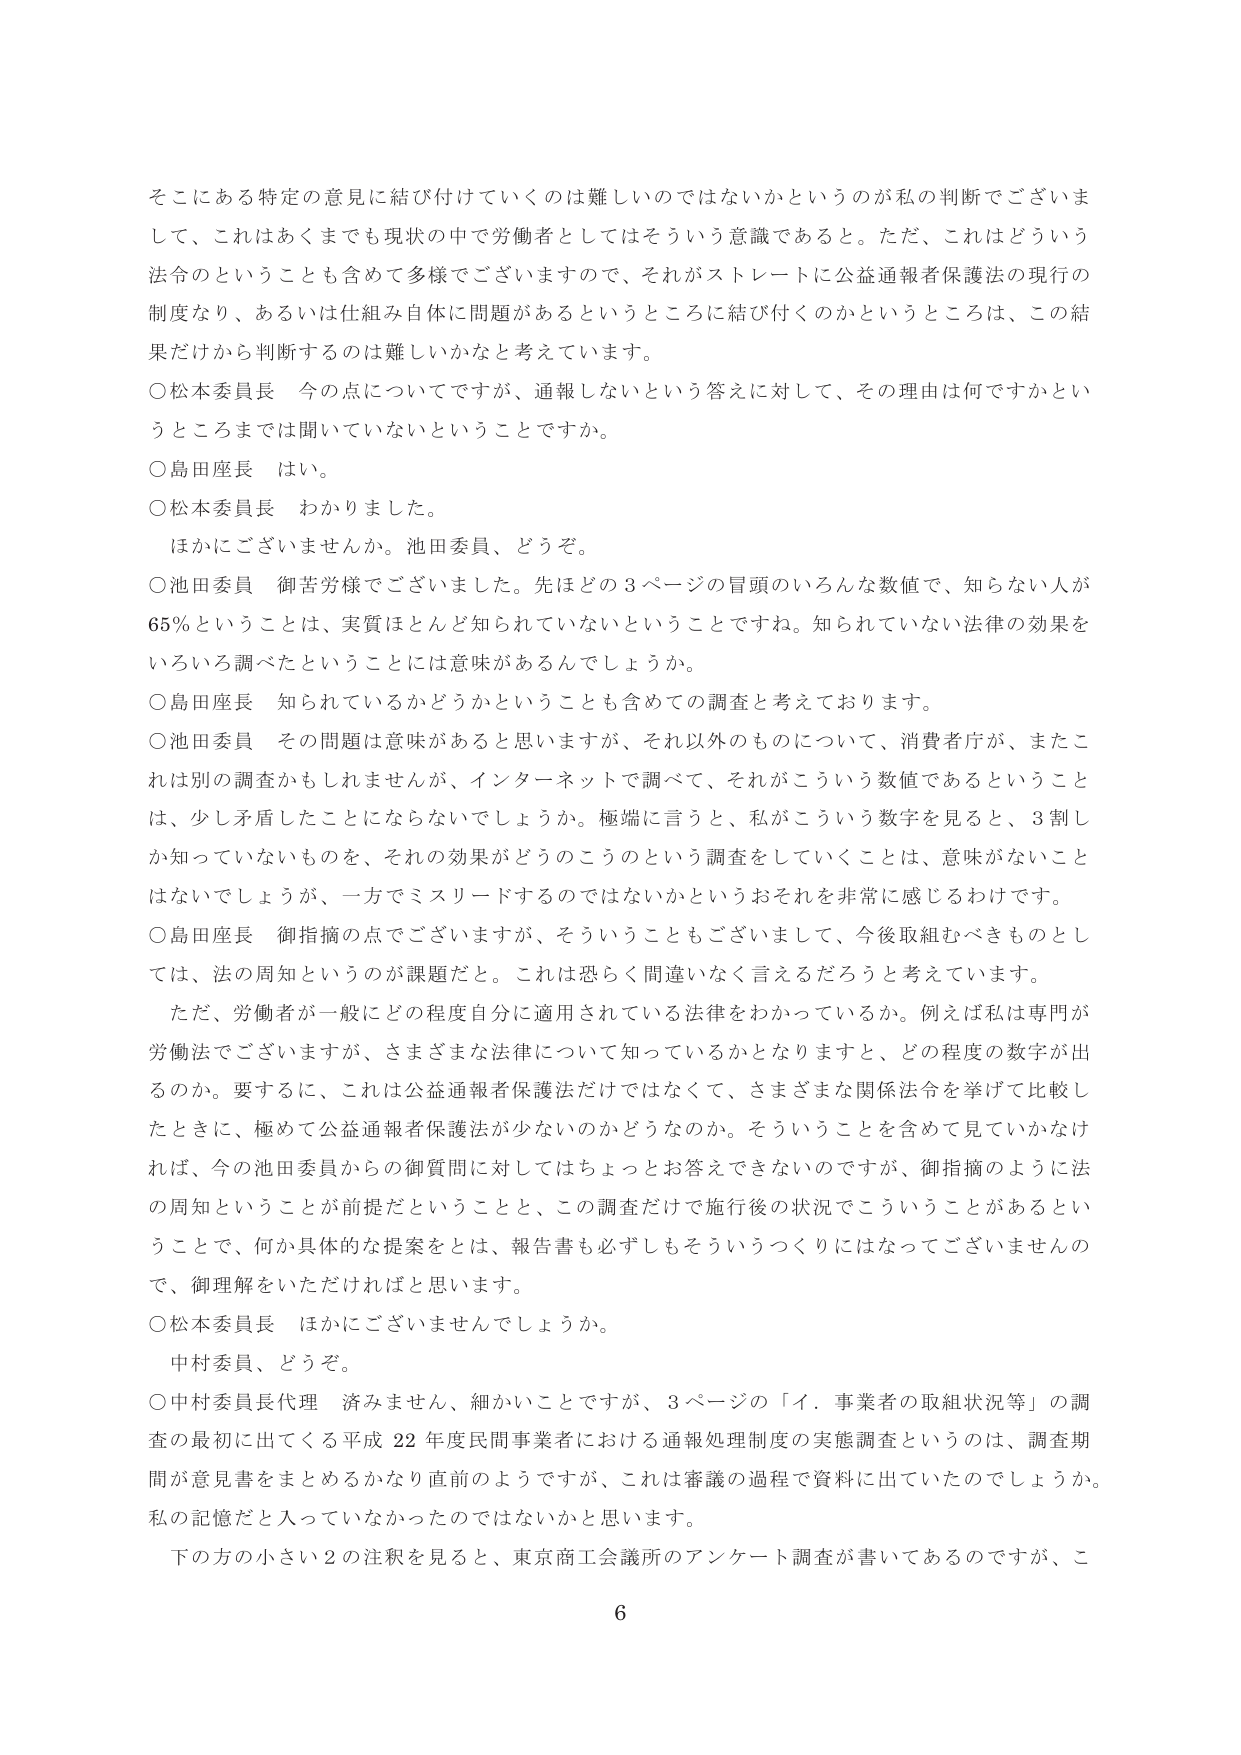
そこにある特定の意見に結び付けていくのは難しいのではないかというのが私の判断でございま
して、これはあくまでも現状の中で労働者としてはそういう意識であると。ただ、これはどういう
法令のということも含めて多様でございますので、それがストレートに公益通報者保護法の現行の
制度なり、あるいは仕組み自体に問題があるというところに結び付くのかというところは、この結
果だけから判断するのは難しいかなと考えています。

○松本委員長　今の点についてですが、通報しないという答えに対して、その理由は何ですかとい
うところまでは聞いていないということですか。

○島田座長　はい。

○松本委員長　わかりました。
　ほかにございませんか。池田委員、どうぞ。

○池田委員　御苦労様でございました。先ほどの3ページの冒頭のいろんな数値で、知らない人が
65％ということは、実質ほとんど知られていないということですね。知られていない法律の効果を
いろいろ調べたということには意味があるんでしょうか。

○島田座長　知られているかどうかということも含めての調査と考えております。

○池田委員　その問題は意味があると思いますが、それ以外のものについて、消費者庁が、またこ
れは別の調査かもしれませんが、インターネットで調べて、それがこういう数値であるということ
は、少し矛盾したことにならないでしょうか。極端に言うと、私がこういう数字を見ると、3割し
か知っていないものを、それの効果がどうのこうのという調査をしていくことは、意味がないこと
はないでしょうが、一方でミスリードするのではないかというおそれを非常に感じるわけです。

○島田座長　御指摘の点でございますが、そういうこともございまして、今後取組むべきものとし
ては、法の周知というのが課題だと。これは恐らく間違いなく言えるだろうと考えています。
　ただ、労働者が一般にどの程度自分に適用されている法律をわかっているか。例えば私は専門が
労働法でございますが、さまざまな法律について知っているかとなりますと、どの程度の数字が出
るのか。要するに、これは公益通報者保護法だけではなくて、さまざまな関係法令を挙げて比較し
たときに、極めて公益通報者保護法が少ないのかどうなのか。そういうことを含めて見ていかなけ
れば、今の池田委員からの御質問に対してはちょっとお答えできないのですが、御指摘のように法
の周知ということが前提だということと、この調査だけで施行後の状況でこういうことがあるとい
うことで、何か具体的な提案をとは、報告書も必ずしもそういうつくりにはなってございませんの
で、御理解をいただければと思います。

○松本委員長　ほかにございませんでしょうか。
　中村委員、どうぞ。

○中村委員長代理　済みません、細かいことですが、3ページの「イ．事業者の取組状況等」の調
査の最初に出てくる平成22年度民間事業者における通報処理制度の実態調査というのは、調査期
間が意見書をまとめるかなり直前のようなですが、これは審議の過程で資料に出ていたのでしょうか。
私の記憶だと入っていなかったのではないかと思います。
　下の方の小さい2の注釈を見ると、東京商工会議所のアンケート調査が書いてあるのですが、こ

6